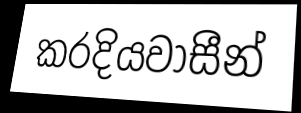
කරදියවාසීන්